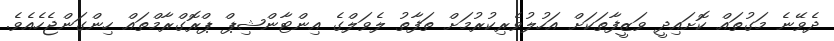
ދެވޭނެ މަގުތައް ކޮށައިދީ ވަޒީފާތަކަށް އަހުލުވެރިކުރުމަށް ތަފާތު ލެވަލްގެ އިންޓާންޝިޕް ޕްރޮގްރާމްތައް ހިންގަންޖެހެއެވެ.